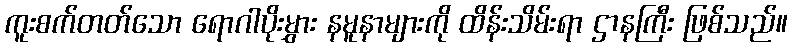
ကူးစက်တတ်သော ရောဂါပိုးမွှား နမူနာများကို ထိန်းသိမ်းရာ ဌာနကြီး ဖြစ်သည်။